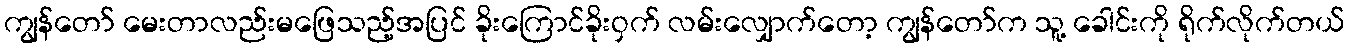
ကျွန်တော် မေးတာလည်းမဖြေသည့်အပြင် ခိုးကြောင်ခိုးဝှက် လမ်းလျှောက်တော့ ကျွန်တော်က သူ့ ခေါင်းကို ရိုက်လိုက်တယ်